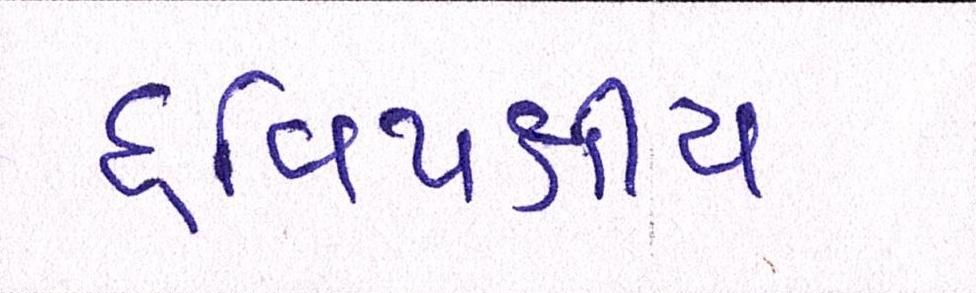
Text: દ્વિપક્ષીય